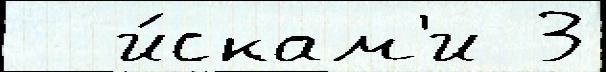
  и́скам'и 3